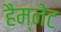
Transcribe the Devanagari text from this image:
हैम्नेट